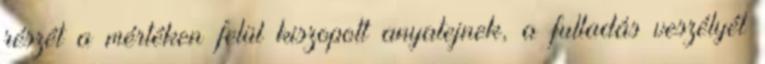
részét a mértéken felül kiszopott anyatejnek, a fulladás veszélyét